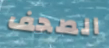
الصحف